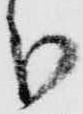
分